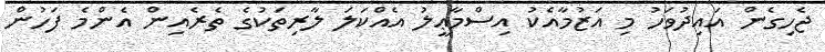
ޖެހިގެން އައިދުވަހު މި އަޒުމާއެކު އިސްމާޢީލު އެއްކަލަ ލާރިތަކުގެ ތެރެއިން އެންމެ ފަހުން